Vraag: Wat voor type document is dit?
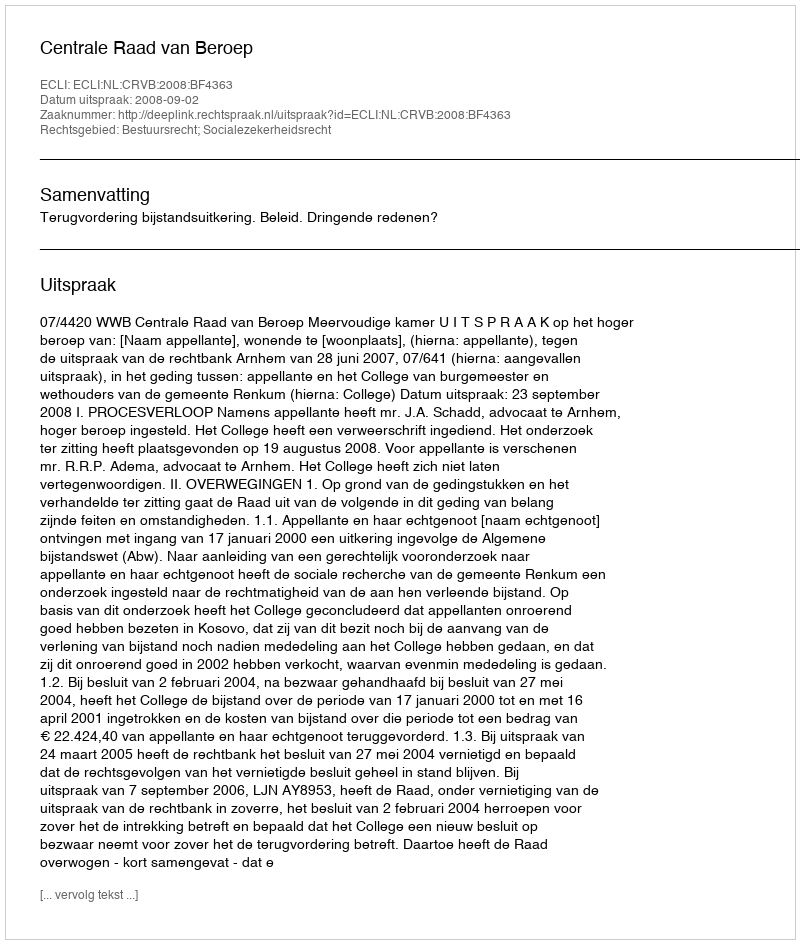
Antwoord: Uitspraak